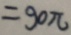
= 9 0 \pi